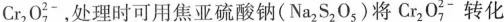
Cr_{2} O_{7}^{2-}，处理时可用焦亚硫酸钠(Na_{2} S_{2} O_{5})将Cr_{2} O_7^{2-} 转化